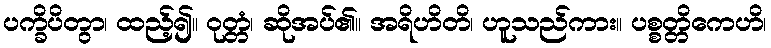
ပက္ခိပိတွာ၊ ထည့်၍။ ဝုတ္တံ၊ ဆိုအပ်၏။ အရိဟိတိ၊ ဟူသည်ကား။ ပစ္စတ္တိကေဟိ၊